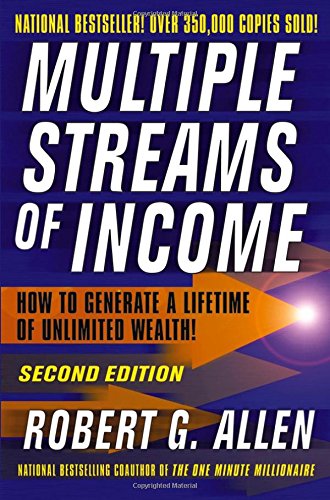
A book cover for Multiple Streams of Income: How to Generate a Lifetime of Unlimited Wealth!; Robert G. Allen; Business & Money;